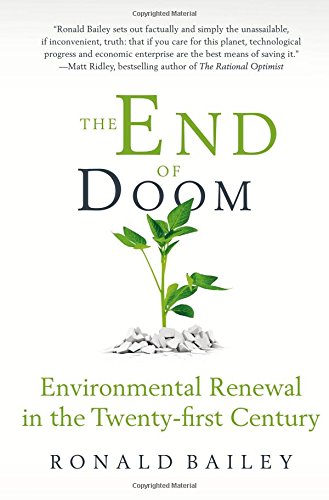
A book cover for The End of Doom: Environmental Renewal in the Twenty-first Century; Ronald Bailey; Science & Math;